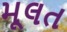
મૂલત